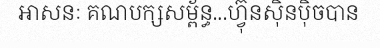
អាសនៈ គណបក្សសម្ព័ន្ធ...ហ្វ៊ុនស៊ិនប៉ិចបាន